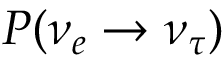
P ( \nu _ { e } \rightarrow \nu _ { \tau } )